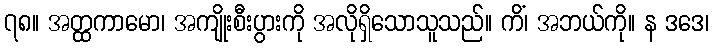
၇၈။ အတ္ထကာမော၊ အကျိုးစီးပွားကို အလိုရှိသောသူသည်။ ကိံ၊ အဘယ်ကို။ န ဒဒေ၊